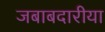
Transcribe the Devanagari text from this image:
जबाबदारीया